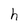
Character: h